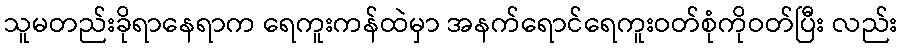
သူမတည်းခိုရာနေရာက ရေကူးကန်ထဲမှာ အနက်ရောင်ရေကူးဝတ်စုံကိုဝတ်ပြီး လည်း